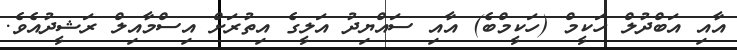
އާއި އަބްދުލް ހަކީމް (ހަކީމްބެ) އާއި ސައްޔިދު އަލީގެ އިތުރަށް އިސްމާއިލް ރަޝީދުއެވެ.